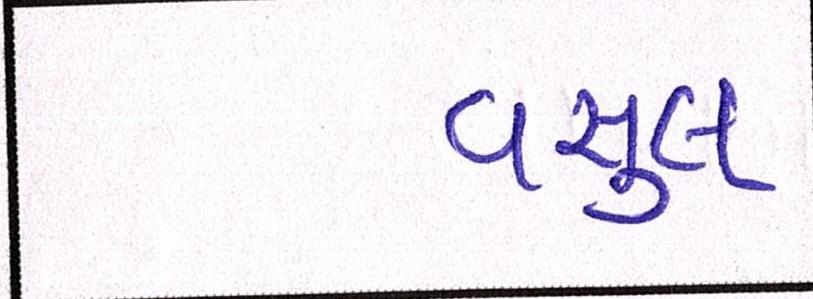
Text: વસુલ